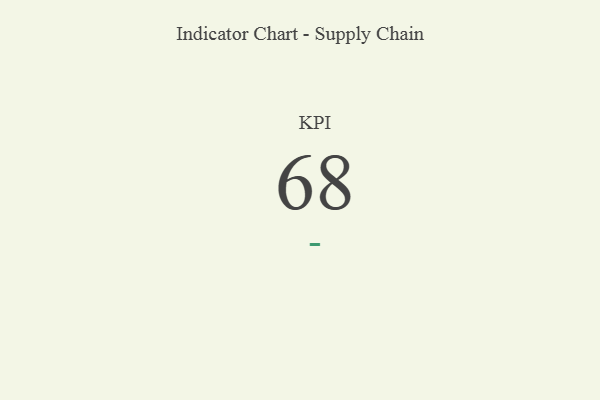
{"axis": {"x": "KPI", "y": "Value"}, "legend": [""], "data": [{"x": "KPI", "y": 68, "type": ""}]}